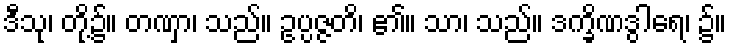
ဒီသု၊ တို့၌။ တဏှာ၊ သည်။ ဥပ္ပဇ္ဇတိ၊ ၏။ သာ၊ သည်။ ဒက္ခိဏဒွါရေ၊ ၌။